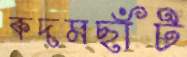
কদমছাঁট